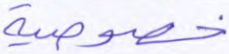
خصوصية